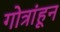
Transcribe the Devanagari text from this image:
गोत्रांहून